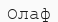
Олаф